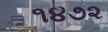
૧૪૭૨